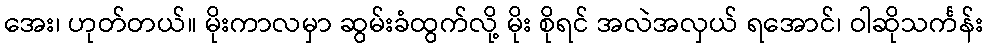
အေး၊ ဟုတ်တယ်။ မိုးကာလမှာ ဆွမ်းခံထွက်လို့ မိုး စိုရင် အလဲအလှယ် ရအောင်၊ ဝါဆိုသင်္ကန်း